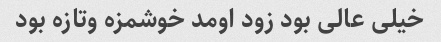
خیلی عالی بود زود اومد خوشمزه وتازه بود